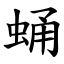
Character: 蛹